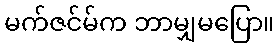
မက်ဇင်မ်က ဘာမျှမပြော။